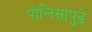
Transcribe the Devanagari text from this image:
पोलिसांपुढे